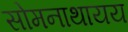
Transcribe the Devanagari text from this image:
सोमनाथायय